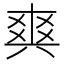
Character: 𤕤